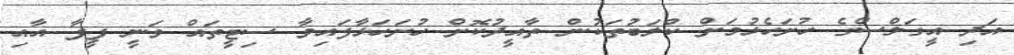
އަދި އީގަލްސްގެ ހުށަހެޅުމަށް ކްލަބުތަކުން ތާއީދުކޮށް ހުށަހަޅާފައިވާ ސިޓީތައް ވަނީ ފީފާ އާއި